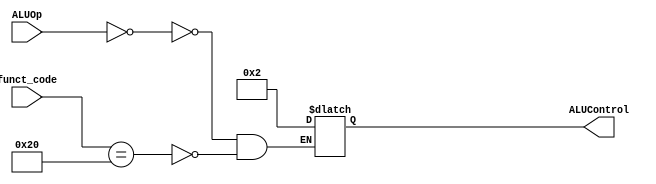
module ALUCtl(funct_code, ALUOp, ALUControl);

  input [5:0] funct_code;
  input [1:0] ALUOp;
  output reg [3:0] ALUControl;

  // Map: ALUOp to ALUControl
  always @(*)
     case(ALUOp)
       2'b00: ALUControl <= 4'b0010;  // If ALUOp=00, add.  Binv=0, CIn=0, Op=10 (so Op1=1, Op0=0)
       ///////////////////////////////////////////////////////////
       // PUT CODE HERE for sub
       ///////////////////////////////////////////////////////////
       default:
          case(funct_code)
             6'b100000: ALUControl <= 4'b0010; // ADD CASE
             /////////////////////////////////////////////////////////////
             // PUT CODE HERE for the rest (sub, and, or, less)
             /////////////////////////////////////////////////////////////
	  endcase
	endcase
endmodule